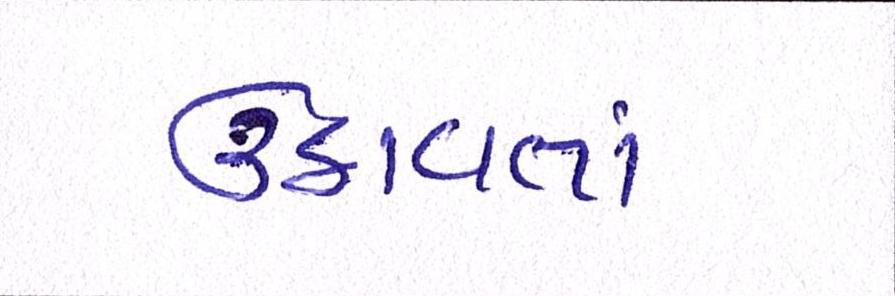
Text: ઉઠાવતાં